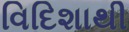
વિદિશાથી